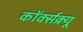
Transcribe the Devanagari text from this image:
कॉर्क्सक्र्यू